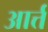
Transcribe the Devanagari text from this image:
आर्त्त